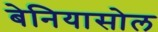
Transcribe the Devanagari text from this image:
बेनियासोल